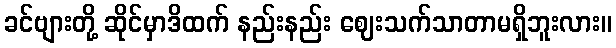
ခင်ဗျားတို့ ဆိုင်မှာဒိထက် နည်းနည်း ဈေးသက်သာတာမရှိဘူးလား။